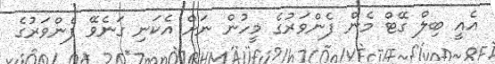
އެއީ ބިލް ގޭޓް މެން ފެންވަރުގެ މީހުން ނަށް އެކަނި ގަނެވޭ ފެންވަރުގެ